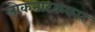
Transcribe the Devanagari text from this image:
लोकनाटककार